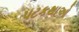
પટકથાઓ